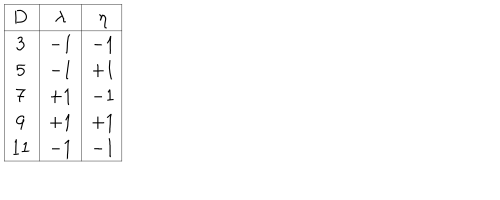
LaTeX: \begin{array} { | c | c | c | } \hline { { { \bf D } } } & { { \lambda } } & { { \eta } } \\ \hline { { 3 } } & { { - 1 } } & { { - 1 } } \\ { { 5 } } & { { - 1 } } & { { + 1 } } \\ { { 7 } } & { { + 1 } } & { { - 1 } } \\ { { 9 } } & { { + 1 } } & { { + 1 } } \\ { { 1 1 } } & { { - 1 } } & { { - 1 } } \\ \hline { { } } \\ \end{array}